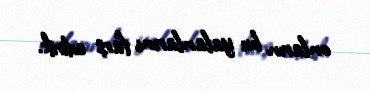
onların bu yalanlarını farş edirik.